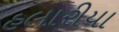
હલારીયા